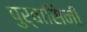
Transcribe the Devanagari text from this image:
पुर्वासिनी